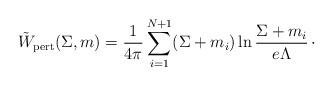
LaTeX: \begin{align*}\tilde W_{\rm pert}(\Sigma ,m) = {1\over 4\pi}\sum_{i=1}^{N+1}(\Sigma + m_{i})\ln {\Sigma + m_{i}\over e\Lambda}\, \cdotp\end{align*}